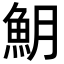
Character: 𩵺